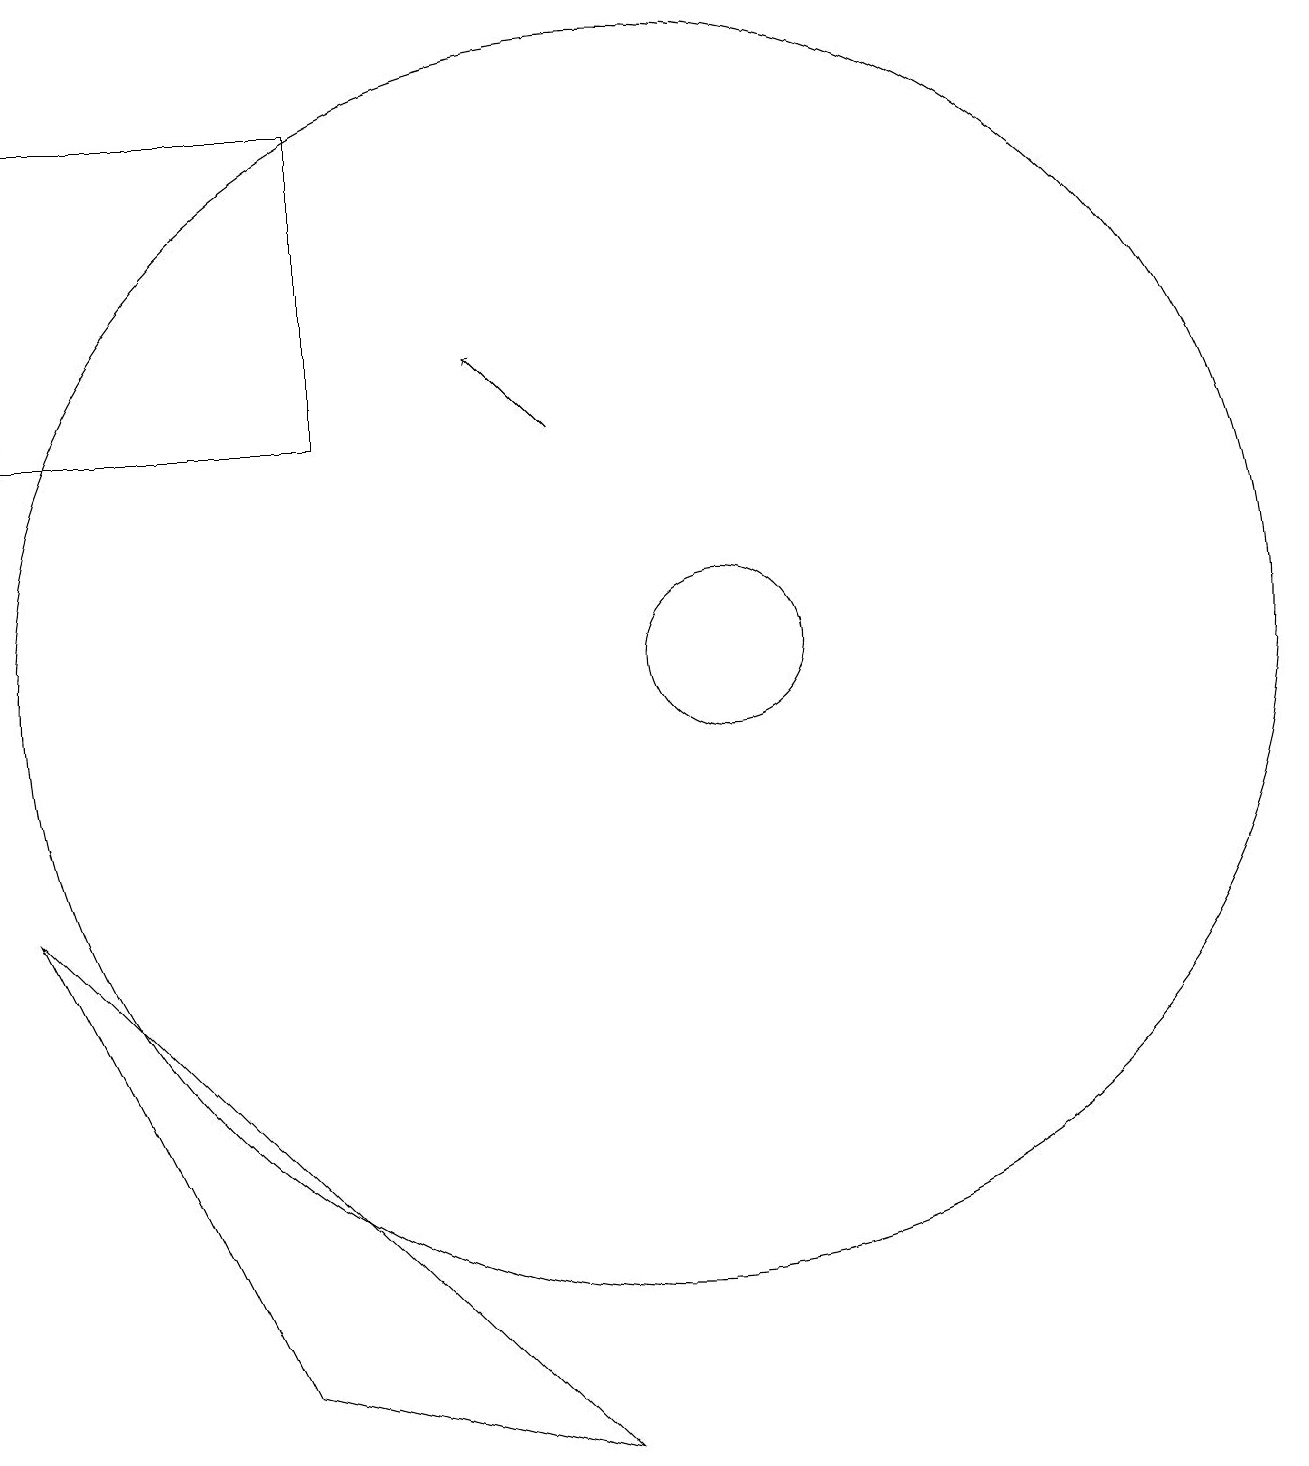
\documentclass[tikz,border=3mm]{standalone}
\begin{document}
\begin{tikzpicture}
\draw (11,11) circle (1);
\draw (10,11) circle (8);
\draw[->] (9,14) -- (8,15);
\draw (2,14) rectangle (6,18);
\draw (5,2) -- (2,8) -- (9,1) -- cycle;
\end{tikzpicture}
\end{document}